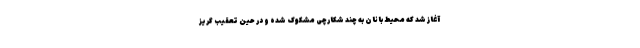
آغاز شد که محیط بانان به چند شکارچی مشکوک شده و در حین تعقیب گریز